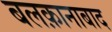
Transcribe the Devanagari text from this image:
बलक़ानाबाद